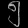
Digit: ၅